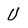
Character: U